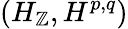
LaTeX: (H_{\mathbb{Z}},H^{p,q})